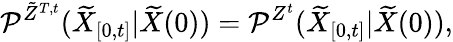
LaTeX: \mathcal{P}^{\tilde{Z}^{T,t}}(\widetilde{X}_{[0,t]}\vert\widetilde{X}(0))=\mathcal{P}^{Z^{t}}(\widetilde{X}_{[0,t]}\vert\widetilde{X}(0)),